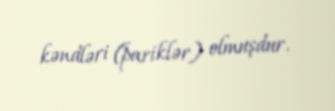
kəndləri (pariklər) olmuşdur.